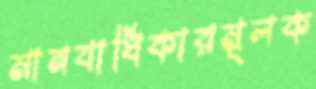
মানবাধিকারমূলক